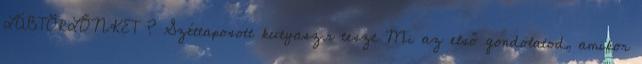
LÁBTÖRLŐNKET ? Széttaposott kutyasz.r teszt Mi az első gondolatod, amikor